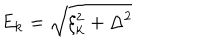
LaTeX: E _ { \bf k } = \sqrt { \xi _ { \bf k } ^ { 2 } + \Delta ^ { 2 } }